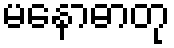
မနောဓာတု